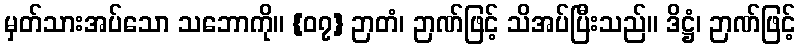
မှတ်သားအပ်သော သဘောကို။ {၀၇} ဉာတံ၊ ဉာဏ်ဖြင့် သိအပ်ပြီးသည်။ ဒိဋ္ဌံ၊ ဉာဏ်ဖြင့်